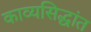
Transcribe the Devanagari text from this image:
काव्यसिद्धांत